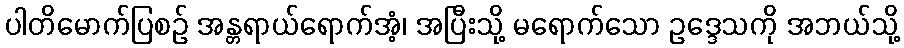
ပါတိမောက်ပြစဉ် အန္တရာယ်ရောက်အံ့၊ အပြီးသို့ မရောက်သော ဥဒ္ဒေသကို အဘယ်သို့